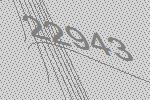
22943